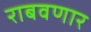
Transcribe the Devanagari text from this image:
राबवणार